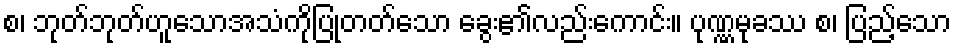
စ၊ ဘုတ်ဘုတ်ဟူသောအသံကိုပြုတတ်သော ခွေး၏လည်းကောင်း။ ပုဏ္ဏမုခဿ စ၊ ပြည့်သော